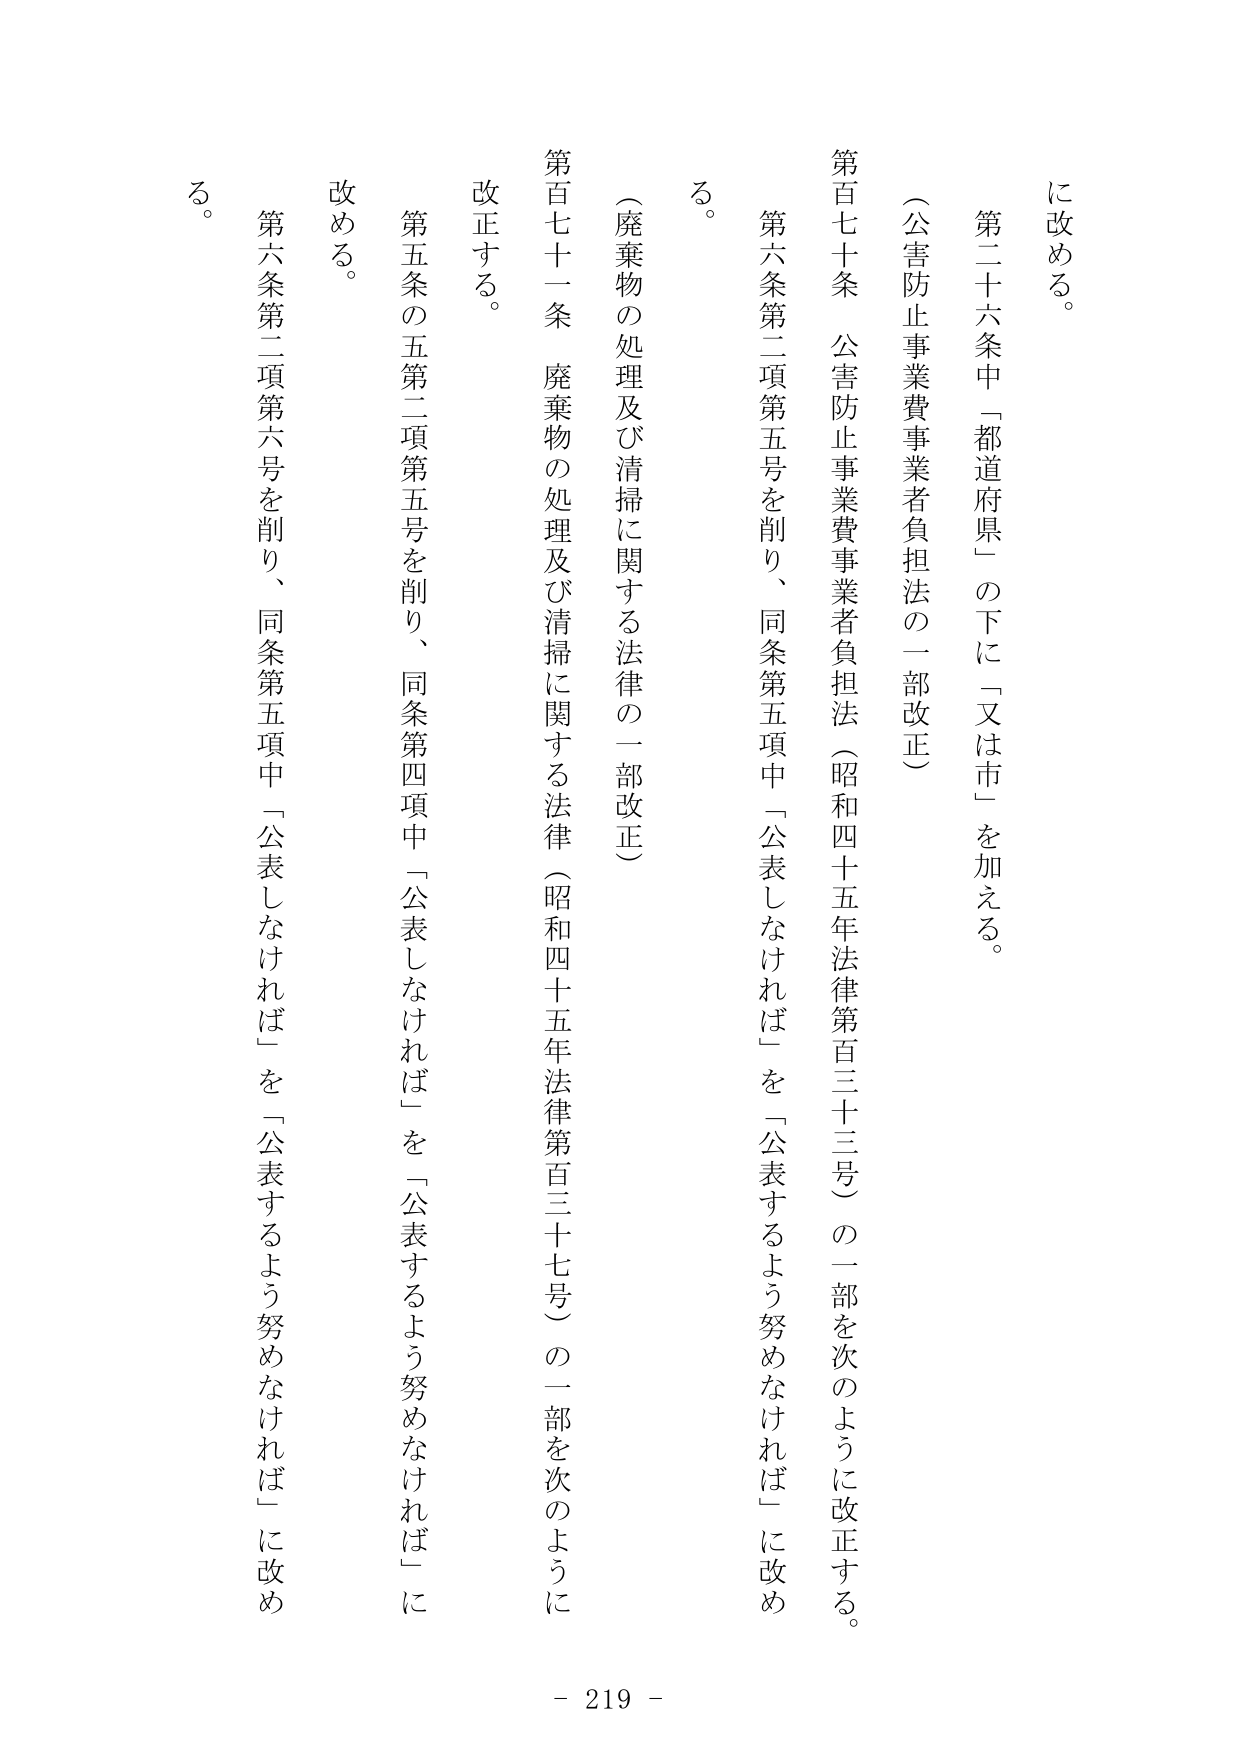
に改める。

第二十六条中「都道府県」の下に「又は市」を加える。

（公害防止事業費事業者負担法の一部改正）

第百七十条　公害防止事業費事業者負担法（昭和四十五年法律第百三十三号）の一部を次のように改正する。

第六条第二項第五号を削り、同条第五項中「公表しなければ」を「公表するよう努めなければ」に改める。

（廃棄物の処理及び清掃に関する法律の一部改正）

第百七十一条　廃棄物の処理及び清掃に関する法律（昭和四十五年法律第百三十七号）の一部を次のように改正する。

第五条の五第二項第五号を削り、同条第四項中「公表しなければ」を「公表するよう努めなければ」に改める。

第六条第二項第六号を削り、同条第五項中「公表しなければ」を「公表するよう努めなければ」に改める。

- 219 -